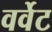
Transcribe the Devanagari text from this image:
वर्वेट